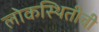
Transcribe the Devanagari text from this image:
लोकस्थितीची